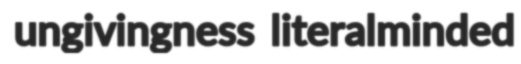
ungivingness literalminded